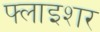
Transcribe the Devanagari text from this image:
फ्लाइशर